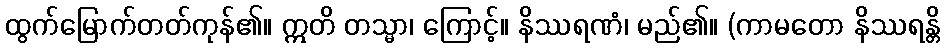
ထွက်မြောက်တတ်ကုန်၏။ ဣတိ တသ္မာ၊ ကြောင့်။ နိဿရဏံ၊ မည်၏။ (ကာမတော နိဿရန္တိ